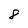
Character: 8